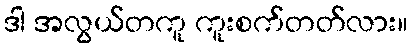
ဒါ အလွယ်တကူ ကူးစက်တတ်လား။